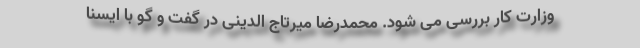
وزارت کار بررسی می شود. محمدرضا میرتاج الدینی در گفت ‌و گو با ایسنا